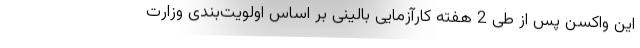
این واکسن پس از طی 2 هفته کارآزمایی بالینی بر اساس اولویت‌بندی وزارت